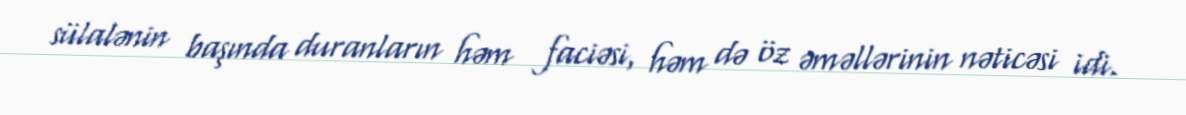
sülalənin başında duranların həm faciəsi, həm də öz əməllərinin nəticəsi idi.